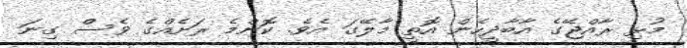
މުޅި ރާއްޖޭގެ އާބާދީހެން އޮތީ މާލޭގަ އެވެ. ކޮންމެ ރަށެއްގެ ވެސް ގިނަ